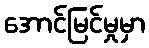
အောင်မြင်မှုမှာ